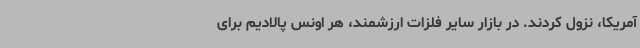
آمریکا، نزول کردند. در بازار سایر فلزات ارزشمند، هر اونس پالادیم برای